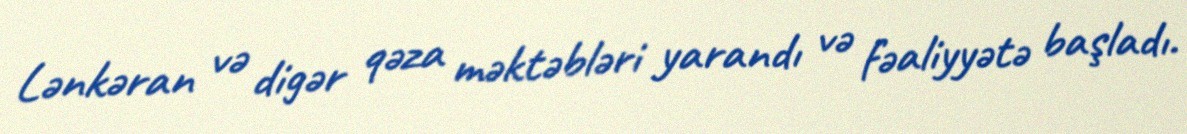
Lənkəran və digər qəza məktəbləri yarandı və fəaliyyətə başladı.